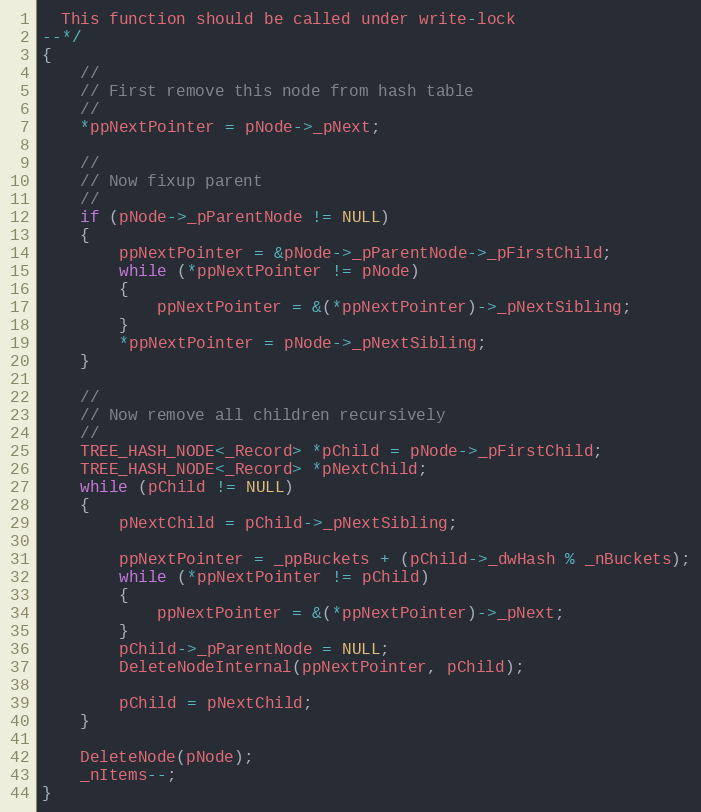
Language: C
  This function should be called under write-lock
--*/
{
    //
    // First remove this node from hash table
    //
    *ppNextPointer = pNode->_pNext;

    //
    // Now fixup parent
    //
    if (pNode->_pParentNode != NULL)
    {
        ppNextPointer = &pNode->_pParentNode->_pFirstChild;
        while (*ppNextPointer != pNode)
        {
            ppNextPointer = &(*ppNextPointer)->_pNextSibling;
        }
        *ppNextPointer = pNode->_pNextSibling;
    }

    //
    // Now remove all children recursively
    //
    TREE_HASH_NODE<_Record> *pChild = pNode->_pFirstChild;
    TREE_HASH_NODE<_Record> *pNextChild;
    while (pChild != NULL)
    {
        pNextChild = pChild->_pNextSibling;

        ppNextPointer = _ppBuckets + (pChild->_dwHash % _nBuckets);
        while (*ppNextPointer != pChild)
        {
            ppNextPointer = &(*ppNextPointer)->_pNext;
        }
        pChild->_pParentNode = NULL;
        DeleteNodeInternal(ppNextPointer, pChild);

        pChild = pNextChild;
    }

    DeleteNode(pNode);
    _nItems--;
}